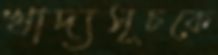
খাদ্যসূচকে